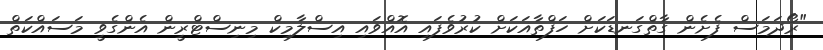
"ރޯދަމަސް ފެށެން ގާތްގަނޑަކަށް ހަފްތާއަކަށް ކުރުވެފައި އޮއްވައި އިސްލާމިކް މިނިސްޓްރީން އެންގެވީ މަސައްކަތް